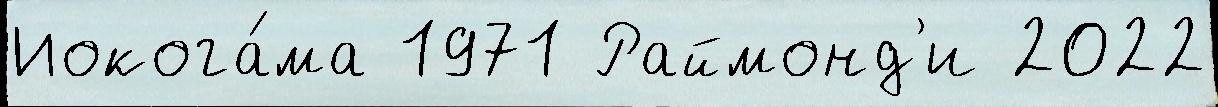
Иокога́ма 1971 Раймонд'и 2022